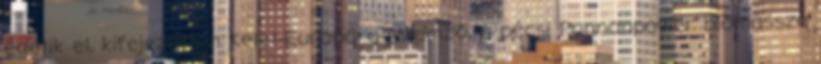
égetik el, kifejezetten Kelet-Európára jellemző, a pécsi Pannonpower biomassza